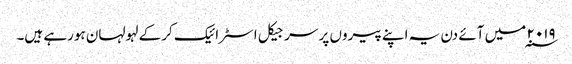
۲۰۱۹ ؁ میں آئے دن یہ اپنے پیروں پر سرجیکل اسٹرائیک کرکے لہولہان ہورہے ہیں۔